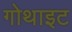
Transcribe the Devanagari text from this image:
गोथाइट